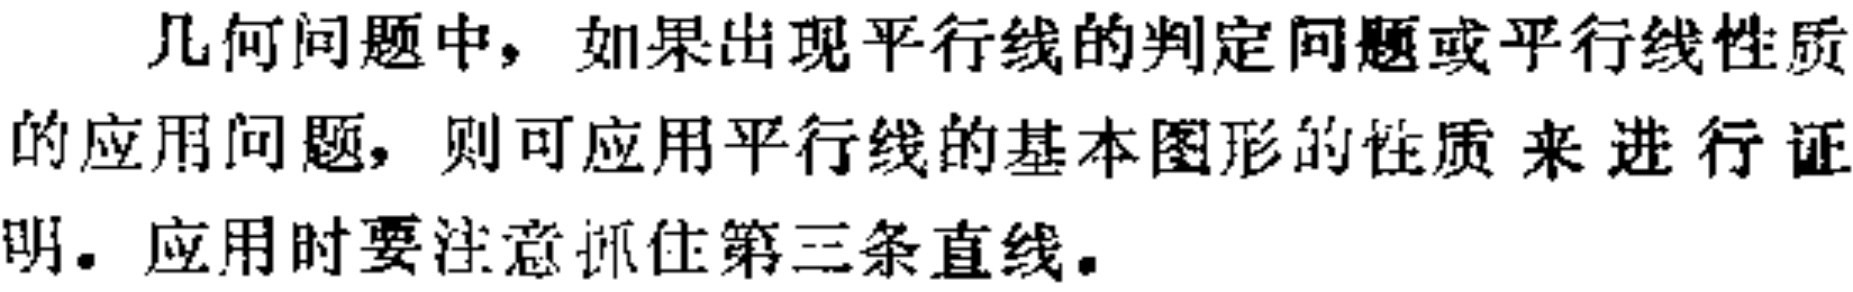
几何问题中，如果出现平行线的判定问题或平行线性质的应用问题，则可应用平行线的基本图形的性质 来 进 行 证明。应用时要注意抓住第三条直线。